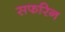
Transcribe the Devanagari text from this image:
सफरिन